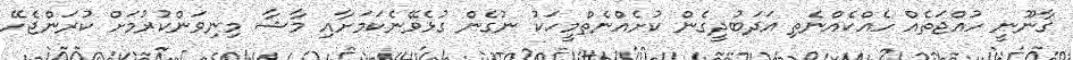
ޤާނޫނީ ހުއްޖަތެއް ހެއްކެއްނެތި އަދަބުދީގެން ކުށެއްނެތްމީހަކު ނުގެން ގުޅެވޭނެކަމަށާއި މާޝާ މިނިވަންކުރުމަށް ކުރަންޖެހޭ